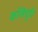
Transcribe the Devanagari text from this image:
कलिचुरि